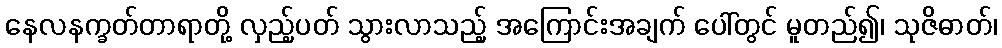
နေလနက္ခတ်တာရာတို့ လှည့်ပတ် သွားလာသည့် အကြောင်းအချက် ပေါ်တွင် မူတည်၍၊ သုဇိဓာတ်၊